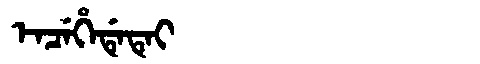
Manchu: ᡝᠨᠴᡝᡥᡝᡩᡝᡨᡝᡳ
Romanization: ENCEHEDETEI